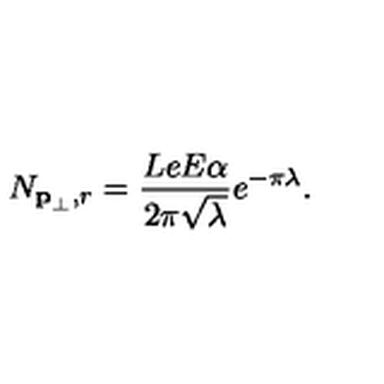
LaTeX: N _ { { \bf p } _ { \perp } , r } = \frac { L e E \alpha } { 2 \pi \sqrt { \lambda } } e ^ { - \pi \lambda } .